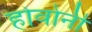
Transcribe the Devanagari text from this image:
होवोनी